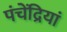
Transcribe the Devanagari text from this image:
पंचेंद्रियां